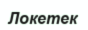
Локетек